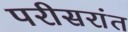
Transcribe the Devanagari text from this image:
परीसरांत